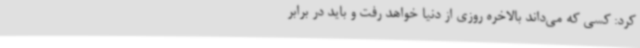
کرد: کسی که می‌داند بالاخره روزی از دنیا خواهد رفت و باید در برابر